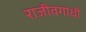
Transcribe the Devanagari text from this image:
राजीवगांधी